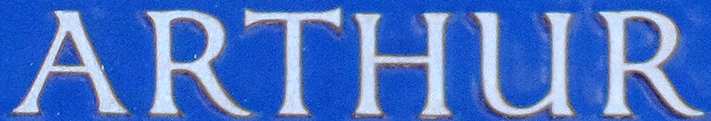
ARTHUR